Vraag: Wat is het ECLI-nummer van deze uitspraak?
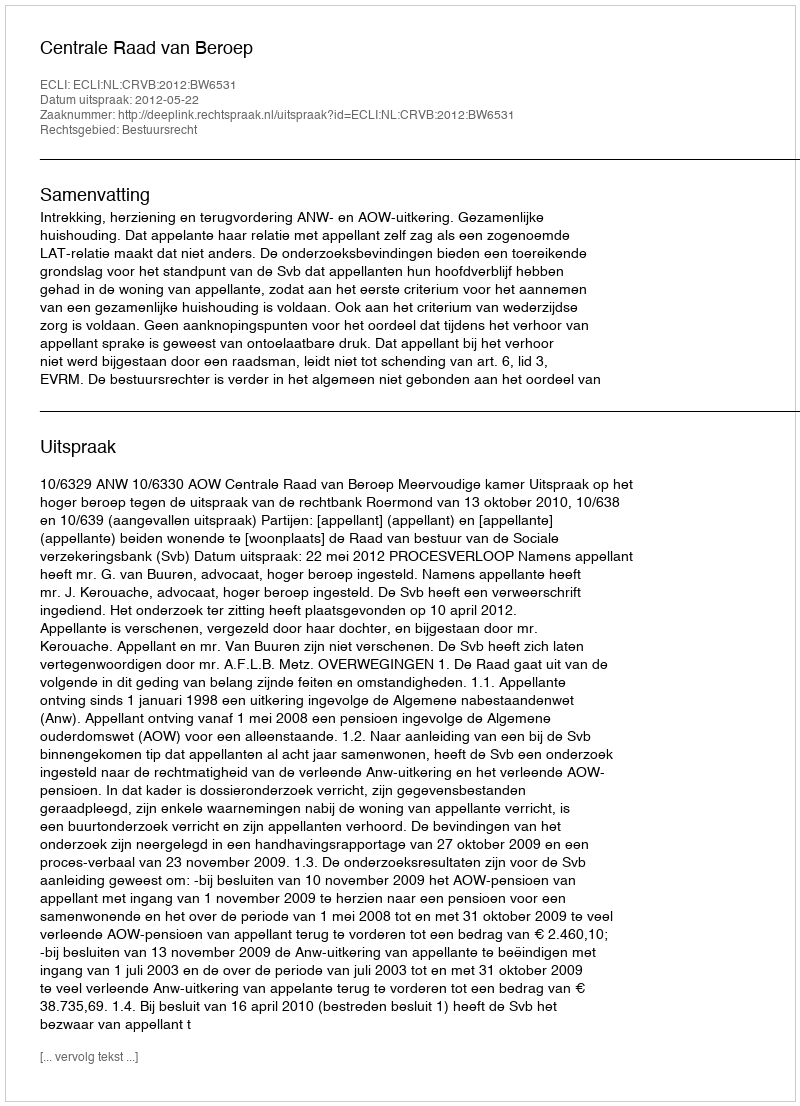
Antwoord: ECLI:NL:CRVB:2012:BW6531